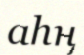
аһң